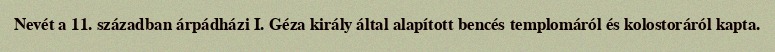
Nevét a 11. században árpádházi I. Géza király által alapított bencés templomáról és kolostoráról kapta.